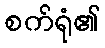
စက်ရုံ၏